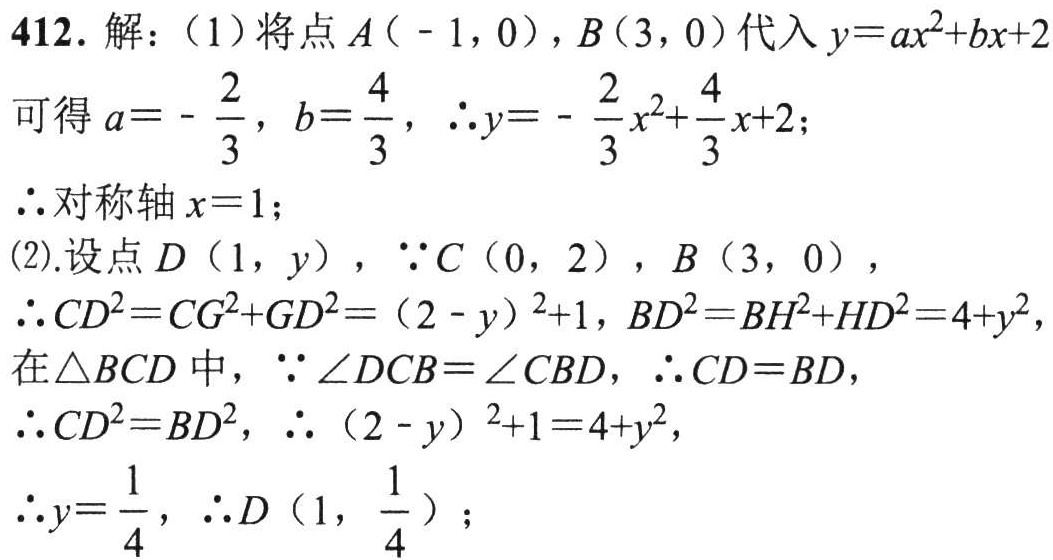
412. 解：（1）将点\(A(-1,0)\)，\(B(3,0)\)代入\(y = ax^{2}+bx + 2\)
可得\(a=-\frac{2}{3}\)，\(b = \frac{4}{3}\)，\(\therefore y=-\frac{2}{3}x^{2}+\frac{4}{3}x + 2\)；
\(\therefore\)对称轴\(x = 1\)；
(2).设点\(D(1,y)\)，\(\because C(0,2)\)，\(B(3,0)\)，
\(\therefore CD^{2}=CG^{2}+GD^{2}=(2 - y)^{2}+1\)，\(BD^{2}=BH^{2}+HD^{2}=4 + y^{2}\)，
在\(\triangle BCD\)中，\(\because\angle DCB=\angle CBD\)，\(\therefore CD = BD\)，
\(\therefore CD^{2}=BD^{2}\)，\(\therefore(2 - y)^{2}+1=4 + y^{2}\)，
\(\therefore y=\frac{1}{4}\)，\(\therefore D(1,\frac{1}{4})\)；